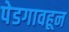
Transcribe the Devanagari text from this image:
पेडगावहून